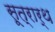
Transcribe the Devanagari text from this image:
सूत्रार्थ